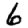
Digit: 6